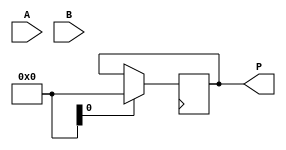
module booth_multiplier(
    input [3:0] A,
    input [3:0] B,
    output [7:0] P
);

reg [7:0] P_reg;
reg [3:0] A_reg, B_reg;
reg [1:0] counter;
reg [1:0] booth_encoding;

always @ (posedge clock) begin
    if(reset) begin
        P_reg <= 8'b0;
        A_reg <= A;
        B_reg <= B;
        counter <= 2'b0;
        booth_encoding <= 2'b0;
    end else begin
        case(booth_encoding)
            2'b00: begin // No operation
                booth_encoding <= 2'b01;
            end
            2'b01: begin // A = A - B, shift right
                A_reg <= A_reg - B_reg;
                B_reg <= B_reg >> 1;
                booth_encoding <= 2'b10;
            end
            2'b10: begin // A = A + B, shift right
                A_reg <= A_reg + B_reg;
                B_reg <= B_reg >> 1;
                booth_encoding <= 2'b01;
            end
        endcase
    end
end

assign P = P_reg;

endmodule